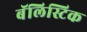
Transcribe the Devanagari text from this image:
बॅलिस्टिक